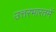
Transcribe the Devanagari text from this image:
उत्तरभारतमें